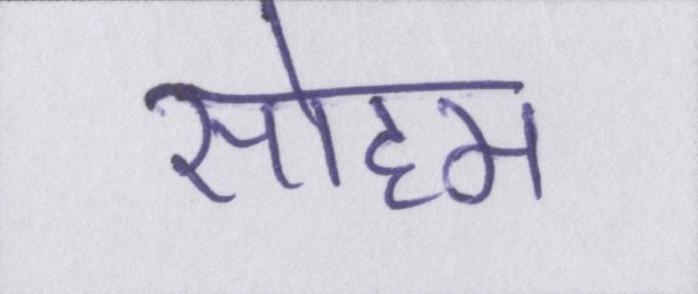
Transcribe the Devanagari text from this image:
सोहम